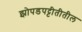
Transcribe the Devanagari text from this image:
झोपडपट्टीतीतील